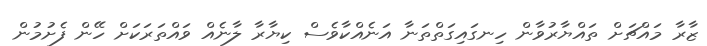
ޒާރާ މައްޗަށް ތައްޔާރުވާން ހިނގައިގަތްތަނާ އަނެއްކާވެސް ކިޔާރާ ލާނެއް ވައްތަރަކަށް ހޭން ފެށުމުން